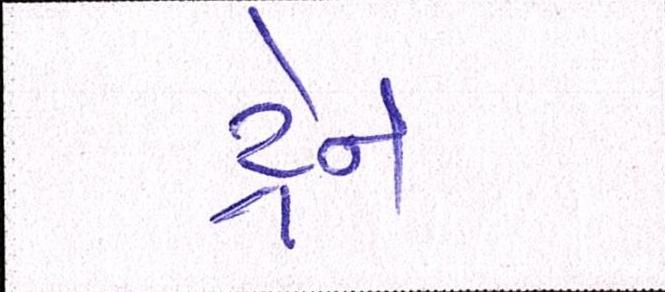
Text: ડ્રેન